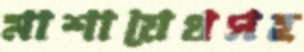
মাশায়েখসহ